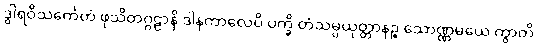
ဒွါရဝိသင်္ကေတံ ဖုသိတဂ္ဂဠာနိ ဒါနကာလေပိ ပက္ခိ တံသမ္ပယုတ္တာနဉ္စ သောဏ္ဏမယေ ကွာတိ